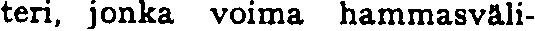
teri, jonka voima hammasväli-